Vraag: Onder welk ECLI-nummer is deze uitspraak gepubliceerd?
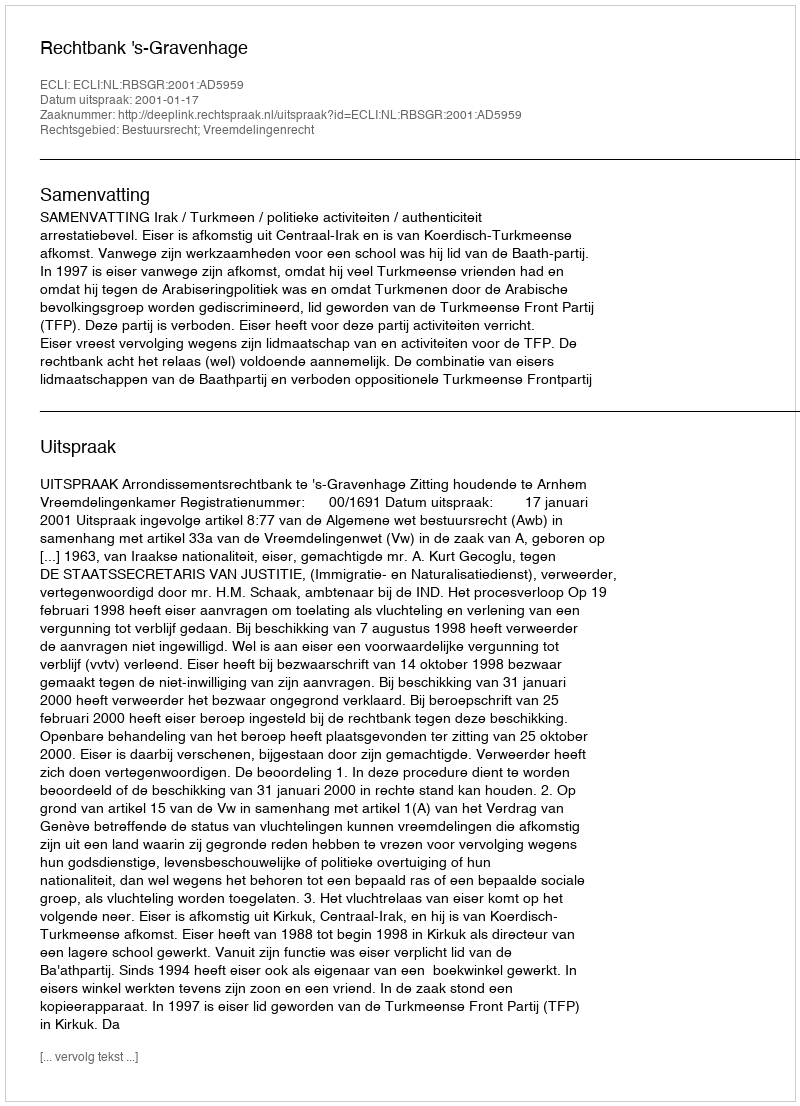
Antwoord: ECLI:NL:RBSGR:2001:AD5959